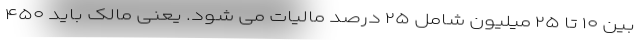
بین ۱۰ تا ۲۵ میلیون شامل ۲۵ درصد مالیات می شود. یعنی مالک باید ۴۵۰